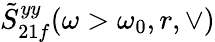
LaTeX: \tilde{S}_{21f}^{yy}(\omega>\omega_{0},r,\vee)